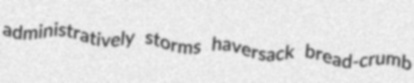
administratively storms haversack bread-crumb